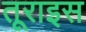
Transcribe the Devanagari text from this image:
तूराइस